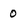
Character: 0